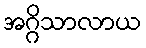
အဂ္ဂိသာလာယ